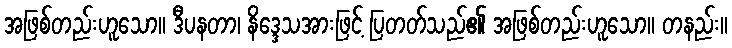
အဖြစ်တည်းဟူသော။ ဒီပနတာ၊ နိဒ္ဒေသအားဖြင့် ပြတတ်သည်၏ အဖြစ်တည်းဟူသော။ တနည်း။